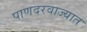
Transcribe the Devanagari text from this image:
पाणदरवाज्यात